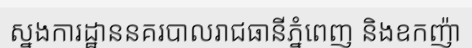
ស្នងការដ្ឋាននគរបាលរាជធានីភ្នំពេញ និងឧកញ៉ា